Tezpur Lunatic Asylum reports 1895-1904 - 1895-1904
Year: 1895
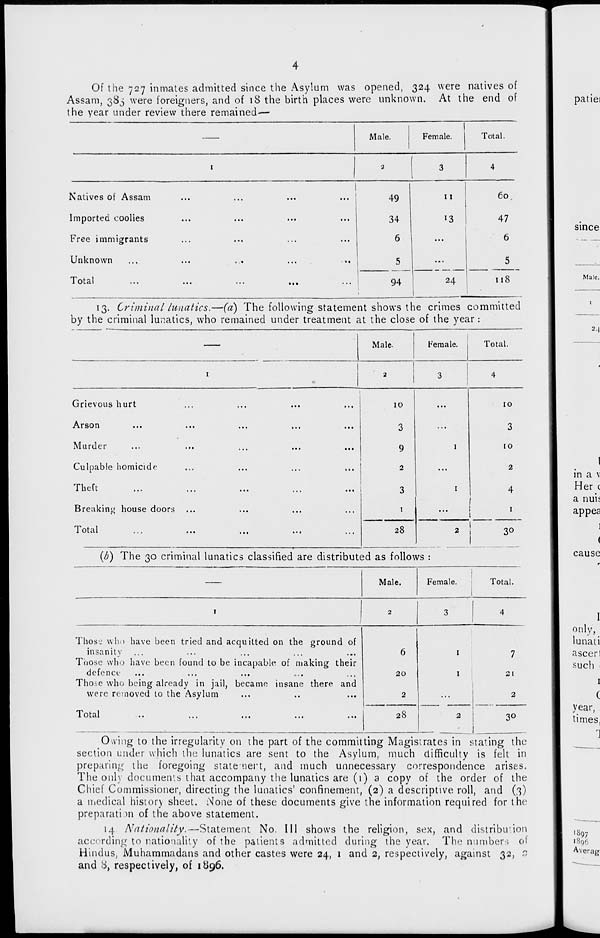
Of the 727 inmates admitted since the Asylum was opened, 324 were natives of
Assam, 385 were foreigners, and of 18 the birth places were unknown. At the end of
the year under review there remained—
Male.
Female.
Total.
I
2
3
4
Natives of Assam
...
...
49
11
60
Imported coolies
...
...
...
...
34
13
47
Free immigrants
...
...
...
...
6
...
6
Unknown
...
.., •
...
- >•
5
24
5
Total
94
118
13. Criminal lunatics.—(a) The following statement shows the crimes committed
by the criminal lunatics, who remained under treatment at the close of the year:
Male.
Female.
Total.
I
2
3
4
Grievous hurt
Arson
...
...
...
l4 ,
,.,
Murder
Culpable homicide
1 11 v 1 I.
,,,
, , t
,,.
itt
. . #
Breaking house door:?
10
3
9
2
3
1
1
1
10
3
10
2
4
!
l otal
...
...
..,
...
...
28
2 j
30
(b) The 30 criminal lunatics classified are distributed as follows :
Female.
Total
I
2
3
4
Those who have been tried and acquitted on the ground of
insanity
Those who have been found to be incapable of making their
defence
Those who being already in jail, became insane there and
were removed to the Asylum
6
20
2
1
1
7
21
2
1 otal
..
,.,
,,,
...
...
28
2
3°
O-.ving to the irregularity on the part of the committing Magistrates in stating the
section under which the lunatics are sent to the Asylum, much difficulty is felt: in
preparing the foregoing statement, and much unnecessary correspondence arises.
The only documents that accompany the lunatics are (1) a copy of the order of the
Chief Commissioner, directing the lunatics' confinement, (2) a descriptive roll, and (3)
a medical history sheet. None of these documents give the information required for the
preparation of the above statement.
14 Nationality.—Statement No. Ill shows the religion, sex, and distribution
according to nationality of the patients admitted during the year. The numbers of
Hindus, Muhammadans and other castes were 24, 1 and 2, respectively, against 32, 3
and o, respectively, of 1^96.